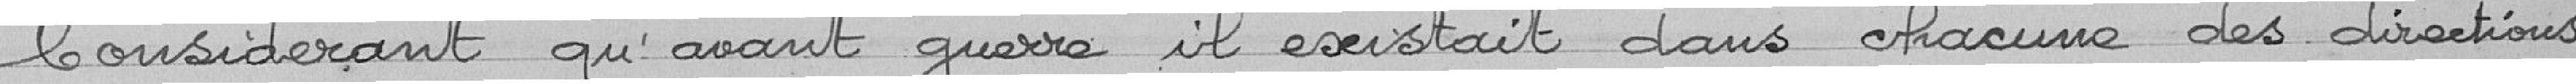
Considérant qu'avant guerre, il existait dans chacune des directions